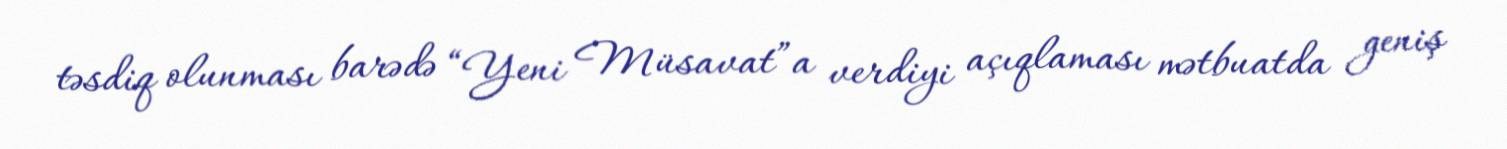
təsdiq olunması barədə “Yeni Müsavat”a verdiyi açıqlaması mətbuatda geniş